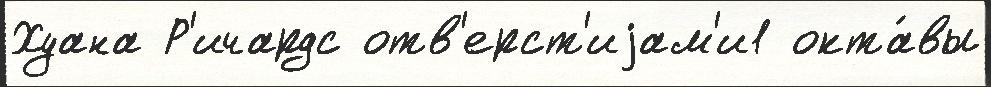
Хуана Р'ичардс отв'ерст'иjам'и1 окта́вы